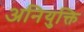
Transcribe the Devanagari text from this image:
अनियुक्ति